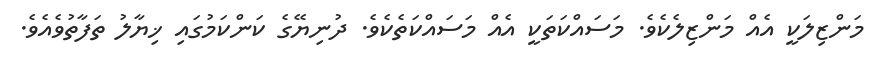
މަންޒިލަކީ އެއް މަންޒިލެކެވެ. މަސައްކަތަކީ އެއް މަސައްކަތެކެވެ. ދުނިޔޭގެ ކަންކަމުގައި ޚިޔާލު ތަފާތުވެއެވެ.